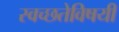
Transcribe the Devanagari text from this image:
स्वच्छतेविषयी